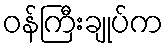
ဝန်ကြီးချုပ်က